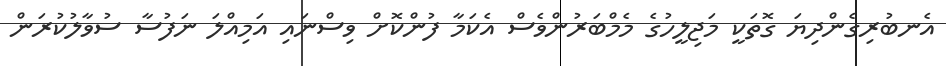
އެނބުރިގެންދިޔަ ގޮތަކީ މަޖިލީހުގެ މެމްބަރުންވެސް އެކަމާ ފުންކޮށް ވިސްނައި އަމިއްލަ ނަފުސާ ސުވާލުކުރަން